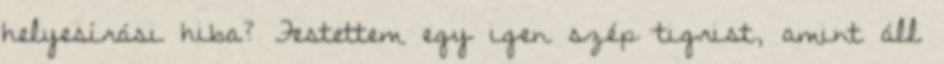
helyesírási hiba? Festettem egy igen szép tigrist, amint áll